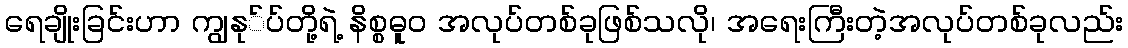
ရေချိုးခြင်းဟာ ကျွနု်ပ်တို့ရဲ့ နိစ္စဓူဝ အလုပ်တစ်ခုဖြစ်သလို၊ အရေးကြီးတဲ့အလုပ်တစ်ခုလည်း